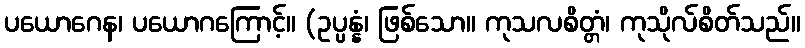
ပယောဂေန၊ ပယောဂကြောင့်။ (ဥပ္ပန္နံ၊ ဖြစ်သော။ ကုသလစိတ္တံ၊ ကုသိုလ်စိတ်သည်။